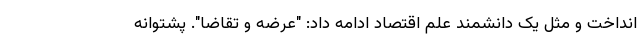
انداخت و مثل یک دانشمند علم اقتصاد ادامه داد: "عرضه و تقاضا". پشتوانه